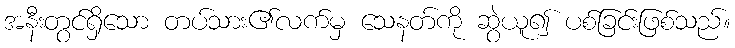
အနီးတွင်ရှိသော တပ်သား၏လက်မှ သေနတ်ကို ဆွဲယူ၍ ပစ်ခြင်းဖြစ်သည်။